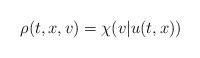
LaTeX: \begin{align*}\rho(t,x,v)=\chi(v|u(t,x))\end{align*}